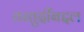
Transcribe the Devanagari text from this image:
तरतुदींबद्दल